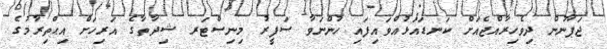
ޖަޕާނުން ދިވެހިރާއްޖެއަށް ކަނޑައަޅުއްވައިފައި ހުންނަވާ ސަފީރު މިނިސްޓަރ ޝިދާތާގެ އަރިހަށް އިޙްތިރާމުގެ